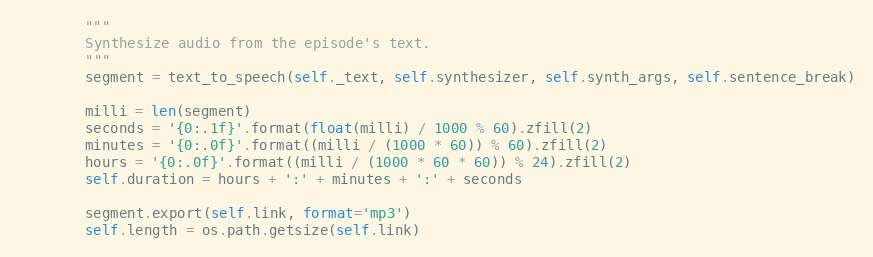
Language: Python
        """
        Synthesize audio from the episode's text.
        """
        segment = text_to_speech(self._text, self.synthesizer, self.synth_args, self.sentence_break)

        milli = len(segment)
        seconds = '{0:.1f}'.format(float(milli) / 1000 % 60).zfill(2)
        minutes = '{0:.0f}'.format((milli / (1000 * 60)) % 60).zfill(2)
        hours = '{0:.0f}'.format((milli / (1000 * 60 * 60)) % 24).zfill(2)
        self.duration = hours + ':' + minutes + ':' + seconds

        segment.export(self.link, format='mp3')
        self.length = os.path.getsize(self.link)